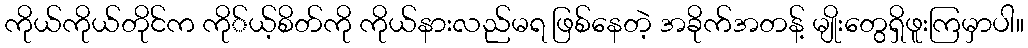
ကိုယ်ကိုယ်တိုင်က ကို်ယ့်စိတ်ကို ကိုယ်နားလည်မရ ဖြစ်နေတဲ့ အခိုက်အတန့် မျိုးတွေရှိဖူးကြမှာပါ။